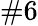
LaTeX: \# 6